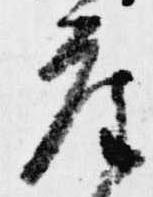
座